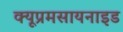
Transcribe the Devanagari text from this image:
क्यूप्रमसायनाइड